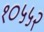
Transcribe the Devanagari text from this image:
१०५५२